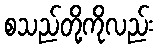
စသည်တို့ကိုလည်း